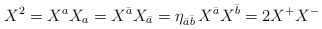
\begin{align*}X^{2}=X^{a}X_{a}=X^{\bar{a}}X_{\bar{a}}=\eta _{\bar{a}\bar{b}}\, X^{\bar{a}}X^{\bar{b}}=2X^{+}X^{-}\end{align*}